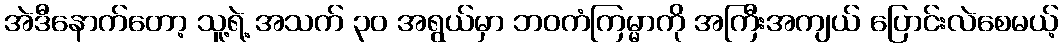
အဲဒီနောက်တော့ သူ့ရဲ့ အသက် ၃၀ အရွယ်မှာ ဘဝကံကြမ္မာကို အကြီးအကျယ် ပြောင်းလဲစေမယ့်